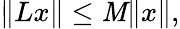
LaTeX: \| Lx\| \leq\mathit{M}\| x\| ,